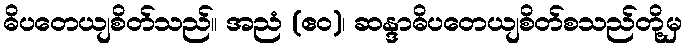
ဓိပတေယျစိတ်သည်။ အညံ (ဧဝ)၊ ဆန္ဒာဓိပတေယျစိတ်စသည်တို့မှ